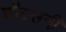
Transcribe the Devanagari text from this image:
शौरसनी